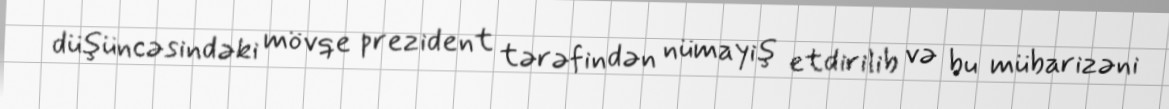
düşüncəsindəki mövqe prezident tərəfindən nümayiş etdirilib və bu mübarizəni